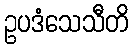
ဥပဒံသေသီတိ